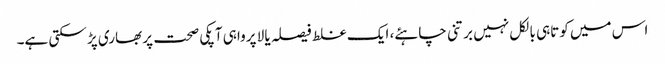
اس میں کوتاہی بالکل نہیں برتنی چاہئے، ایک غلط فیصلہ یا لا پرواہی آپکی صحت پر بھاری پڑ سکتی ہے۔